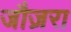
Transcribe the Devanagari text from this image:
जौज़रा